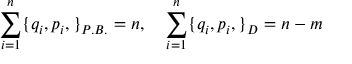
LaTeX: \sum _ { i = 1 } ^ { n } \{ q _ { i } , p _ { i } , \} _ { P . B . } = n , \quad \sum _ { i = 1 } ^ { n } \{ q _ { i } , p _ { i } , \} _ { D } = { n - m }